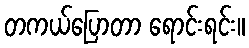
တကယ်ပြောတာ ရောင်းရင်း။